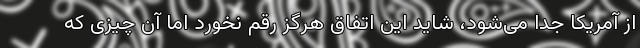
از آمریکا جدا می‌شود، شاید این اتفاق هرگز رقم نخورد اما آن چیزی که